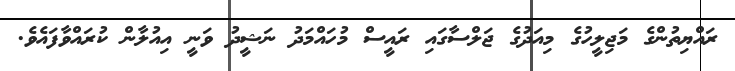
ރައްޔިތުންގެ މަޖިލީހުގެ މިއަދުގެ ޖަލްސާގައި ރައީސް މުހައްމަދު ނަޝީދު ވަނީ އިއުލާން ކުރައްވާފައެވެ.